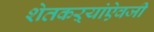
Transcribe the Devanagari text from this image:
शेतकऱ्यांऐवजी